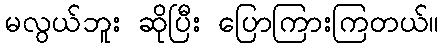
မလွယ်ဘူး ဆိုပြီး ပြောကြားကြတယ်။